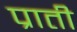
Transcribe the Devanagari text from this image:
प्राती